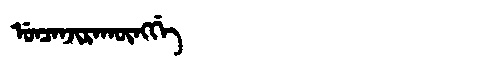
Manchu: ᡠᠨᠴᠠᠨᠵᡳᡵᠠᡴᡡᠩᡤᡝ
Romanization: UNCANJIRAKŪNGGE